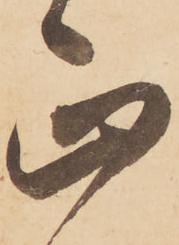
正